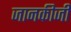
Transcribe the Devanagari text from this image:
जानकीजी